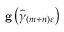
\mathbf { g } \left( \widehat { \gamma } _ { \left( m + n \right) \varepsilon } \right)